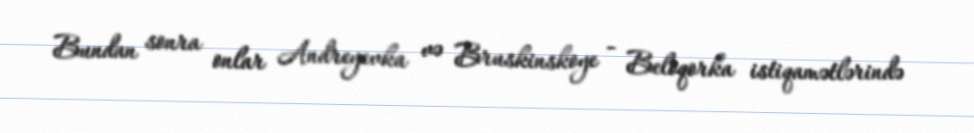
Bundan sonra onlar Andreyevka və Bruskinskoye - Beloqorka istiqamətlərində